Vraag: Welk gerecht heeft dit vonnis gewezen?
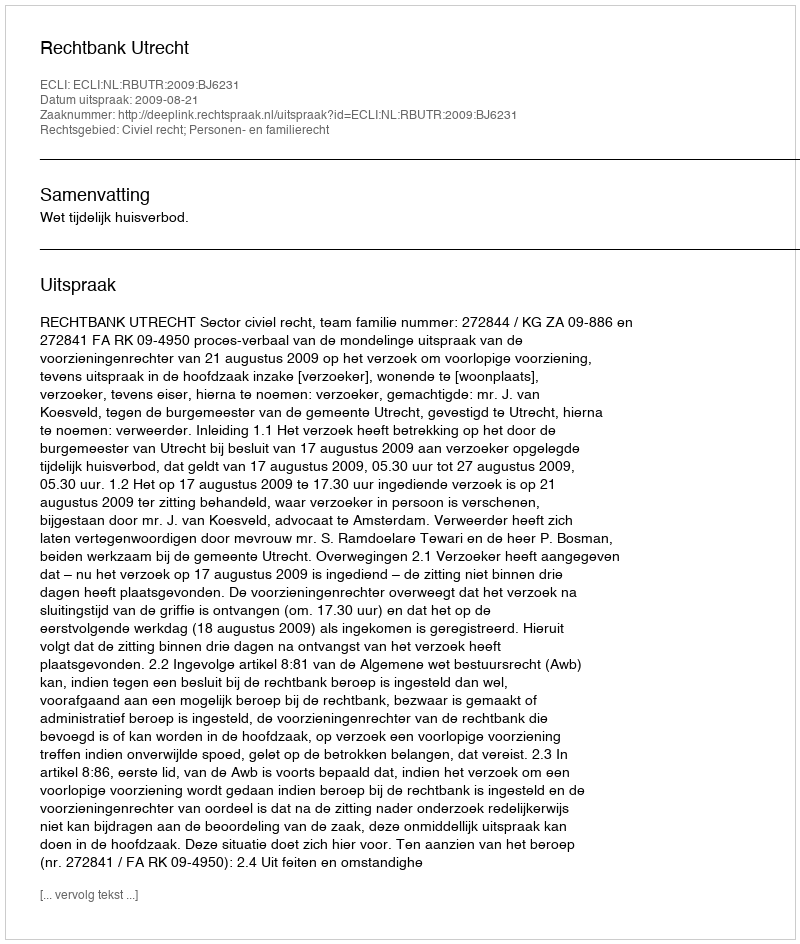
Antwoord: Rechtbank Utrecht